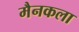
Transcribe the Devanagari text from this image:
मैनकला